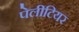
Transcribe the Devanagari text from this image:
पेलीटियर